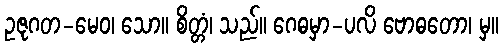
ဥဇုဂတ-မေဝ၊ သော။ စိတ္တံ၊ သည်။ ဂေဓမှာ-ပလိ ဗောဓတော၊ မှ။